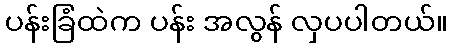
ပန်းခြံထဲက ပန်း အလွန် လှပပါတယ်။